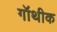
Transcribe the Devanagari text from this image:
गॉथीक